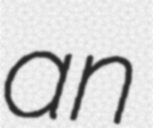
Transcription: an